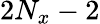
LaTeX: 2N_{x}-2